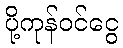
ပို့ကုန်ဝင်ငွေ